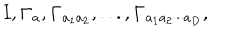
LaTeX: { \bf I } , { \bf \Gamma } _ { a } , { \bf \Gamma } _ { a _ { 1 } a _ { 2 } } , . . . , { \bf \Gamma } _ { a _ { 1 } a _ { 2 } \cdot \cdot \cdot a _ { D } } ,